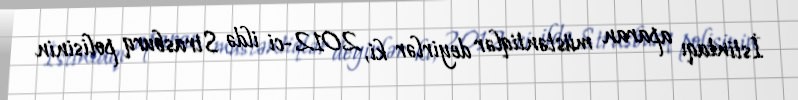
İstintaqı aparan müstəntiqlər deyirlər ki, 2012-ci ildə Strasburq polisinin